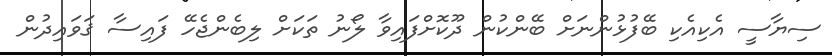
ސިޔާސީ އެކިއެކި ބޭފުޅުންނަށް ބޭންކުން ދޫކޮށްފައިވާ ލޯނު ތަކަށް ލިބެންޖެހޭ ފައިސާ ޤަވައިދުން